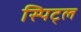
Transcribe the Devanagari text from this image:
स्पिट्ल